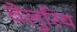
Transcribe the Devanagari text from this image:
वेलुरिय